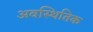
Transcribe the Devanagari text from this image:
अवस्थितिक